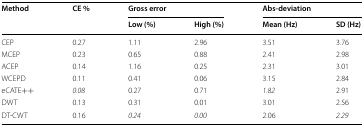
| <ROWSPAN=2> Method | <ROWSPAN=2> CE % | <COLSPAN=2> Gross error | <COLSPAN=2> Abs-deviation |
 | Low (%) | High (%) | Mean (Hz) | SD (Hz) |
 | --- | --- | --- | --- | --- | --- |
 | CEP | 0.27 | 1.11 | 2.96 | 3.51 | 3.76 |
 | MCEP | 0.23 | 0.65 | 0.88 | 2.41 | 2.98 |
 | ACEP | 0.14 | 1.16 | 0.25 | 2.31 | 3.01 |
 | WCEPD | 0.11 | 0.41 | 0.06 | 3.15 | 2.84 |
 | eCATE++ | 0.08 | 0.27 | 0.71 | 1.82 | 2.91 |
 | DWT | 0.13 | 0.31 | 0.01 | 3.01 | 2.56 |
 | DT-CWT | 0.16 | 0.24 | 0.00 | 2.06 | 2.29 |